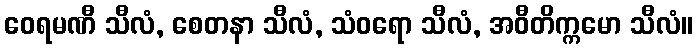
ဝေရမဏီ သီလံ, စေတနာ သီလံ, သံဝရော သီလံ, အဝီတိက္ကမော သီလံ။